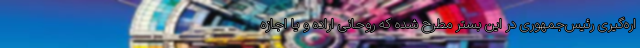
اره‌گیری رئیس‌جمهوری در این بستر مطرح شده که روحانی اراده و یا اجازه